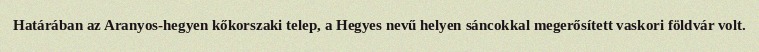
Határában az Aranyos-hegyen kőkorszaki telep, a Hegyes nevű helyen sáncokkal megerősített vaskori földvár volt.